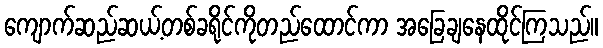
ကျောက်ဆည်ဆယ့်တစ်ခရိုင်ကိုတည်ထောင်ကာ အခြေချနေထိုင်ကြသည်။